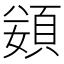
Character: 𩒭